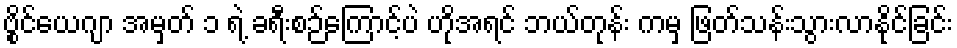
ဗွိုင်ယေဂျာ အမှတ် ၁ ရဲ့ ခရီးစဉ်ကြောင့်ပဲ ဟိုအရင် ဘယ်တုန်း ကမှ ဖြတ်သန်းသွားလာနိုင်ခြင်း